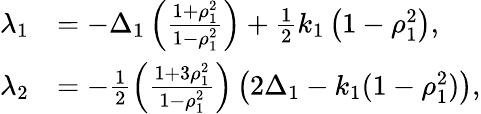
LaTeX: \begin{array}{rl}{\lambda_{1}}&{=-\Delta_{1}\left(\frac{1+\rho_{1}^{2}}{1-\rho_{1}^{2}}\right)+\frac{1}{2}k_{1}\left(1-\rho_{1}^{2}\right),}\\ {\lambda_{2}}&{=-\frac{1}{2}\left(\frac{1+3\rho_{1}^{2}}{1-\rho_{1}^{2}}\right)\left(2\Delta_{1}-k_{1}(1-\rho_{1}^{2})\right),}\end{array}